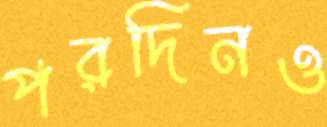
পরদিনও